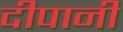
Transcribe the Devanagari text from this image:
दीपानी